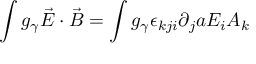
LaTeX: \int g _ { \gamma } \vec { E } \cdot \vec { B } = \int g _ { \gamma } \epsilon _ { k j i } \partial _ { j } a E _ { i } A _ { k }